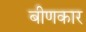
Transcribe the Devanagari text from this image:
बीणकार